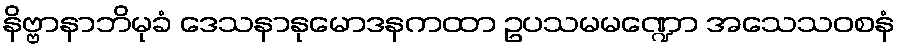
နိဗ္ဗာနာဘိမုခံ ဒေသနာနုမောဒနကထာ ဥပသမမဏ္ဍော အသေသဝစနံ